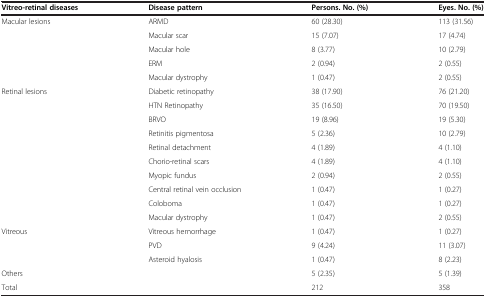
<table><thead><tr><td><b>Vitreo-retinal diseases</b></td><td><b>Disease pattern</b></td><td><b>Persons. No. (%)</b></td><td><b>Eyes. No. (%)</b></td></tr></thead><tbody><tr><td rowspan="5">Macular lesions</td><td>ARMD</td><td>60 (28.30)</td><td>113 (31.56)</td></tr><tr><td>Macular scar</td><td>15 (7.07)</td><td>17 (4.74)</td></tr><tr><td>Macular hole</td><td>8 (3.77)</td><td>10 (2.79)</td></tr><tr><td>ERM</td><td>2 (0.94)</td><td>2 (0.55)</td></tr><tr><td>Macular dystrophy</td><td>1 (0.47)</td><td>2 (0.55)</td></tr><tr><td rowspan="10">Retinal lesions</td><td>Diabetic retinopathy</td><td>38 (17.90)</td><td>76 (21.20)</td></tr><tr><td>HTN Retinopathy</td><td>35 (16.50)</td><td>70 (19.50)</td></tr><tr><td>BRVO</td><td>19 (8.96)</td><td>19 (5.30)</td></tr><tr><td>Retinitis pigmentosa</td><td>5 (2.36)</td><td>10 (2.79)</td></tr><tr><td>Retinal detachment</td><td>4 (1.89)</td><td>4 (1.10)</td></tr><tr><td>Chorio-retinal scars</td><td>4 (1.89)</td><td>4 (1.10)</td></tr><tr><td>Myopic fundus</td><td>2 (0.94)</td><td>2 (0.55)</td></tr><tr><td>Central retinal vein occlusion</td><td>1 (0.47)</td><td>1 (0.27)</td></tr><tr><td>Coloboma</td><td>1 (0.47)</td><td>1 (0.27)</td></tr><tr><td>Macular dystrophy</td><td>1 (0.47)</td><td>2 (0.55)</td></tr><tr><td rowspan="3">Vitreous</td><td>Vitreous hemorrhage</td><td>1 (0.47)</td><td>1 (0.27)</td></tr><tr><td>PVD</td><td>9 (4.24)</td><td>11 (3.07)</td></tr><tr><td>Asteroid hyalosis</td><td>1 (0.47)</td><td>8 (2.23)</td></tr><tr><td>Others</td><td> </td><td>5 (2.35)</td><td>5 (1.39)</td></tr><tr><td>Total</td><td> </td><td>212</td><td>358</td></tr></tbody></table>